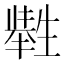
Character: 𤯶